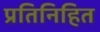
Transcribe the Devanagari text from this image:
प्रतिनिहित